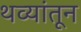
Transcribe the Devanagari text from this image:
थव्यांतून